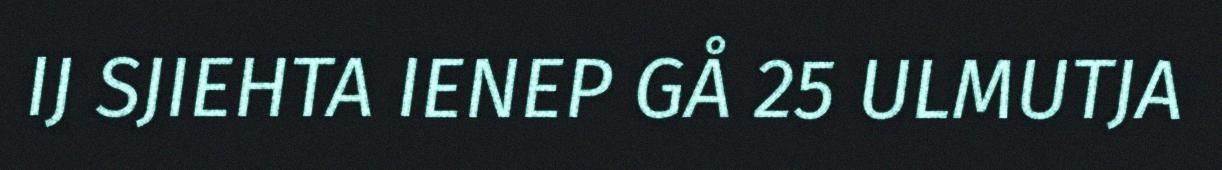
IJ SJIEHTA IENEP GÅ 25 ULMUTJA